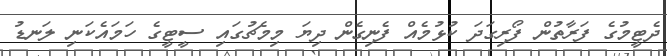
ދެޓީމުގެ ފަރާތުން ފޯރިގަދަ ކުޅުމެއް ފެނިގެން ދިޔަ މިމެޗުގައި ސީޓީގެ ހަމައެކަނި ލަނޑު